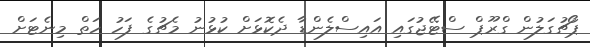
ޕޯޗުގަލުން ގްރޫޕް ސްޓޭޖުގައި އައިސްލެންޑާ ދެކޮޅަށް ކުޅުނު މެޗުގެ ފަހު ހަތް މިނެޓަށް